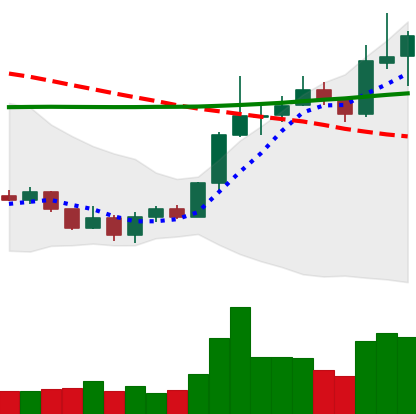
Ticker: LINK-USD
Chart end date: 2020-01-16
Forward return: 7.61%
Label: up_7plus